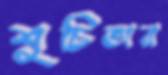
শুচিতার